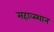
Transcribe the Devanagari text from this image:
सहाव्स्थान